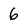
Character: 6